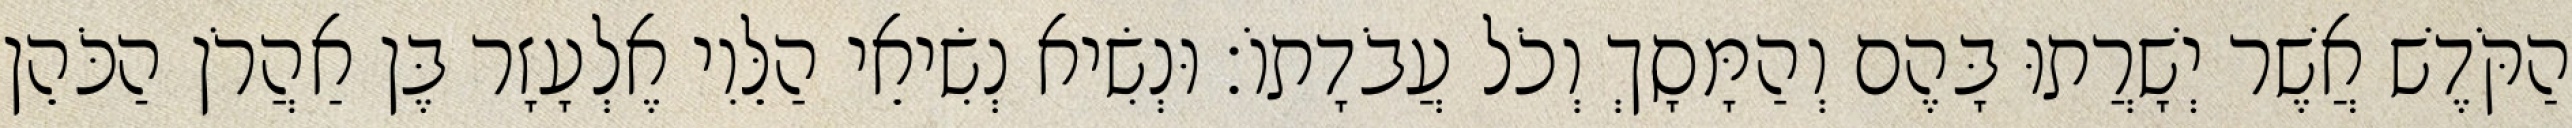
הַקֹּדֶשׁ אֲשֶׁר יְשָׁרֲתוּ בָּהֶם וְהַמָּסָךְ וְכֹל עֲבֹדָתוֹ׃ וּנְשִׂיא נְשִׂיאֵי הַלֵּוִי אֶלְעָזָר בֶּן אַהֲרֹן הַכֹּהֵן